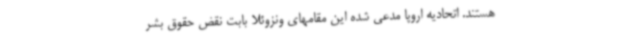
هستند. اتحادیه اروپا مدعی شده این مقامهای ونزوئلا بابت نقض حقوق بشر